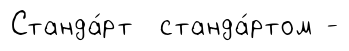
Станда́рт станда́ртом -